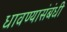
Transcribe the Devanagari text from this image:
धावण्यासंबंधी